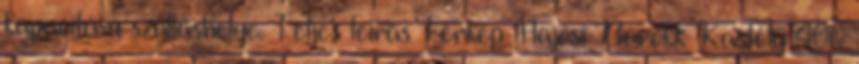
kapacitású szálláshelye. Teljes leírás Térkép Hajósi Barokk Kastély 400